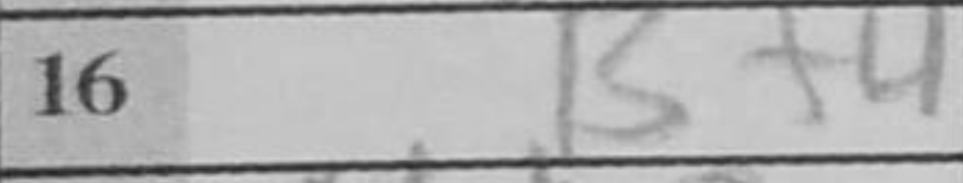
Transcription: Bf4